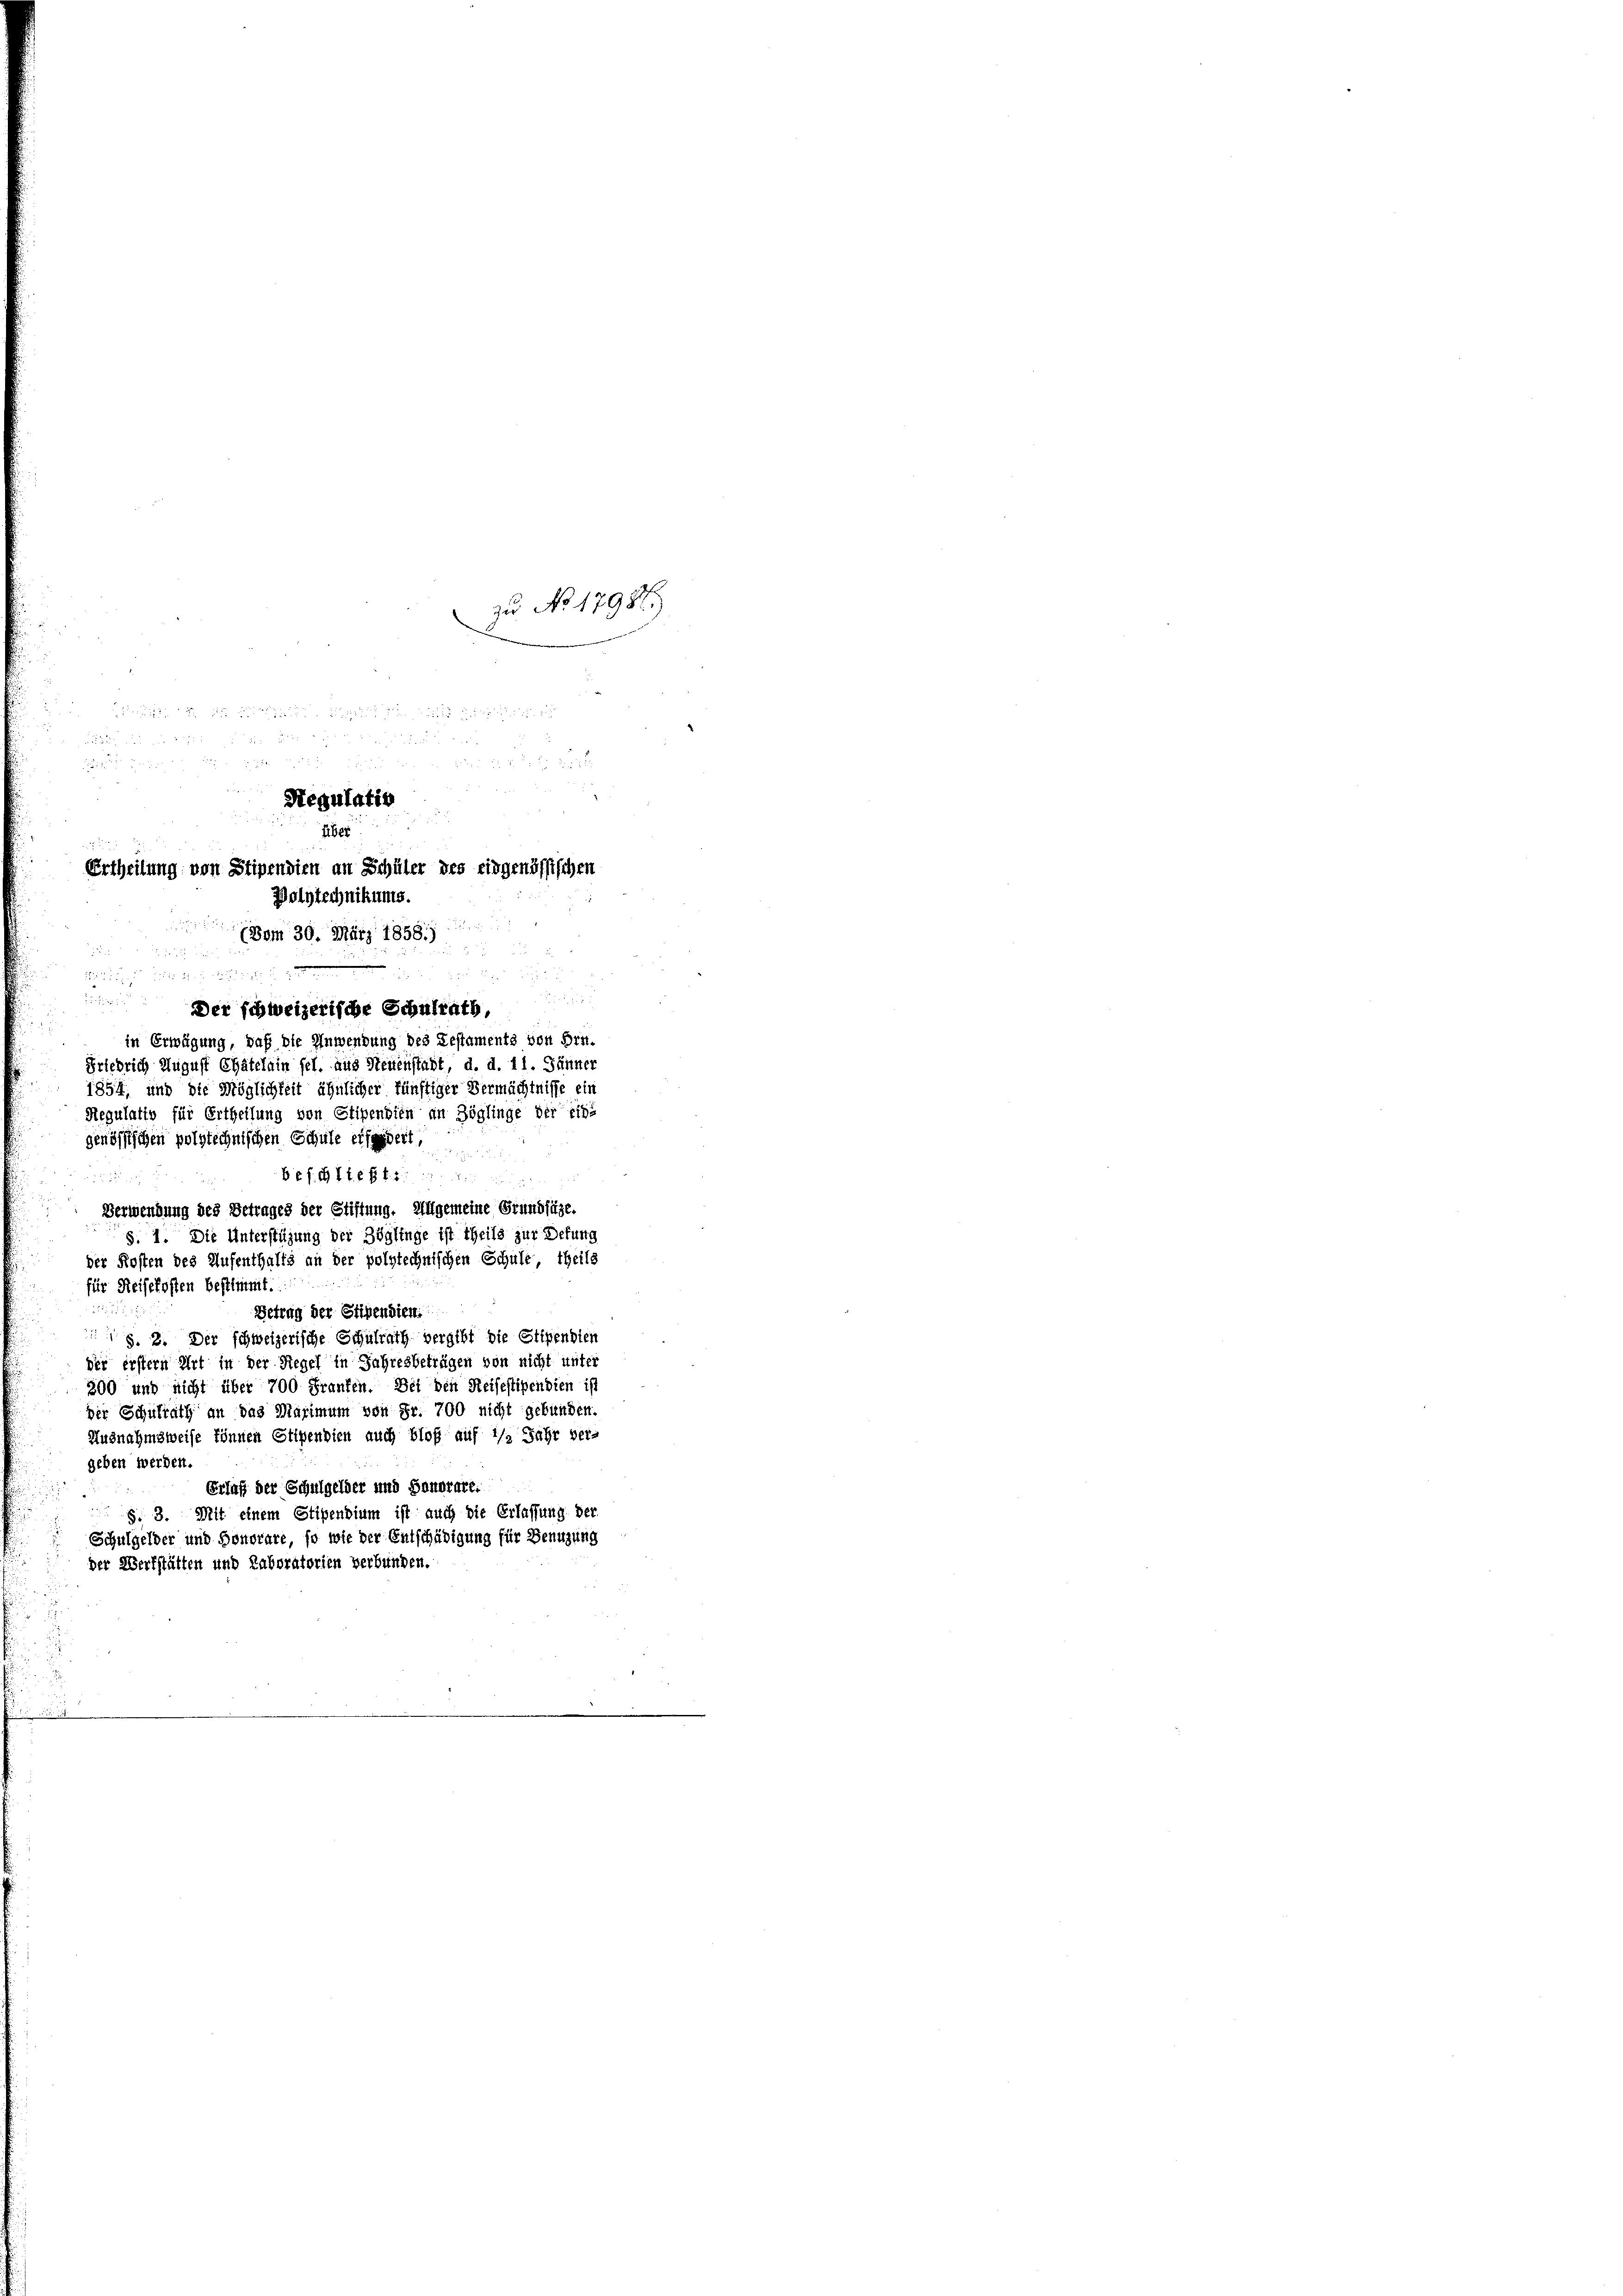
zu No 1798.)

Regulatio
über
Urtheilung von Stipendien an Schüler des eidgenössischen
Wolytechnikums.
(Vom 30. März 1858.)
.

3

1815

Der schweizerische Schulrath,
in Erwägung, daß die Anwendung des Festaments von Hrn.
Eriedrich August Chätelain fel. aus Neuenstadt, d. d. 11. Jänner
1854, und die Möglichkeit ähnlicher künftiger Vermächtnisse ein
Regulatio für Ertheilung von Stipendien an Zöglinge der eine
genössischen polytechnischen Schule erfordert,

Bef. Steff. 2
.
d
Verwendung des Betrages der Stiftung. Allgemeine Grundsätze.
§. 1. Die Unterstützung der Zöglinge ist theils zur Defung
der Kosten des Aufenthalts an der polytechnischen Schule, theils
für Reisekosten bestimmt.
Betrag der Stipendien
 §. 2. Der schweizerische Schulrath vergibt die Stipendien
der erstern Art in der Regel in Jahresbeträgen von nicht unter
300 und nicht über 700 Fraufen. Bei den Reisestipendien ist
der Schulrath an das Maximum von Fr. 700 nicht gebunden.
Ausnahmsweise können Stipendien auch bloß auf 1/2 Jahr ver-
geben werden.
Erlaß der Schulgelder und Sanorare.
 §. 3. Mit einem Stipendium ist auch die Erlassung der
Schulgelder und Honorare, so wie der Entschädigung für Benuzung
der Werkstätten und Laboratorien verbunden.